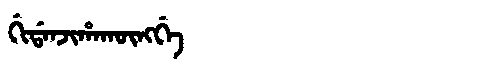
Manchu: ᡤᡳᡩᠠᠨᠵᡳᡥᠠᡴᡡᠩᡤᡝ
Romanization: GIDANJIHAKŪNGGE